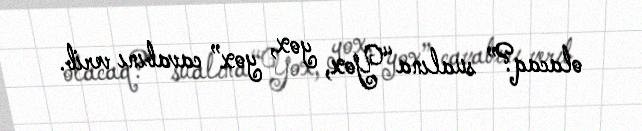
olacaq?” sualına “Yox, yox, yox” cavabını verib.